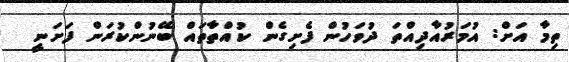
ތިމާ އަށް: އުމަރުއާދިއްތަ ދުވަހުން ފެށިގެން ކުއްތާތައް ބޭނުންކުރަން ފަށަނީ